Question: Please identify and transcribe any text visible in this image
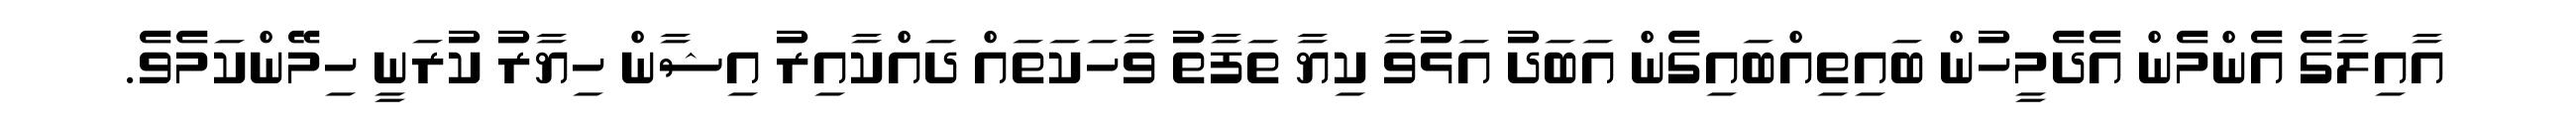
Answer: އާއިލާގެ އެންމެން އެދެމީހުން ބައިތިއްބައިގެން އަބަދު އަޅުވާ ކިޔާ ތަފާތު ވާހަކަތައް ދައްކާއިރު އިޝާން ހިޔާރު ކުރަނީ ހިމޭންކަމެވެ.